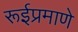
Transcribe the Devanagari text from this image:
रूईप्रमाणे